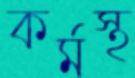
কর্মস্থ